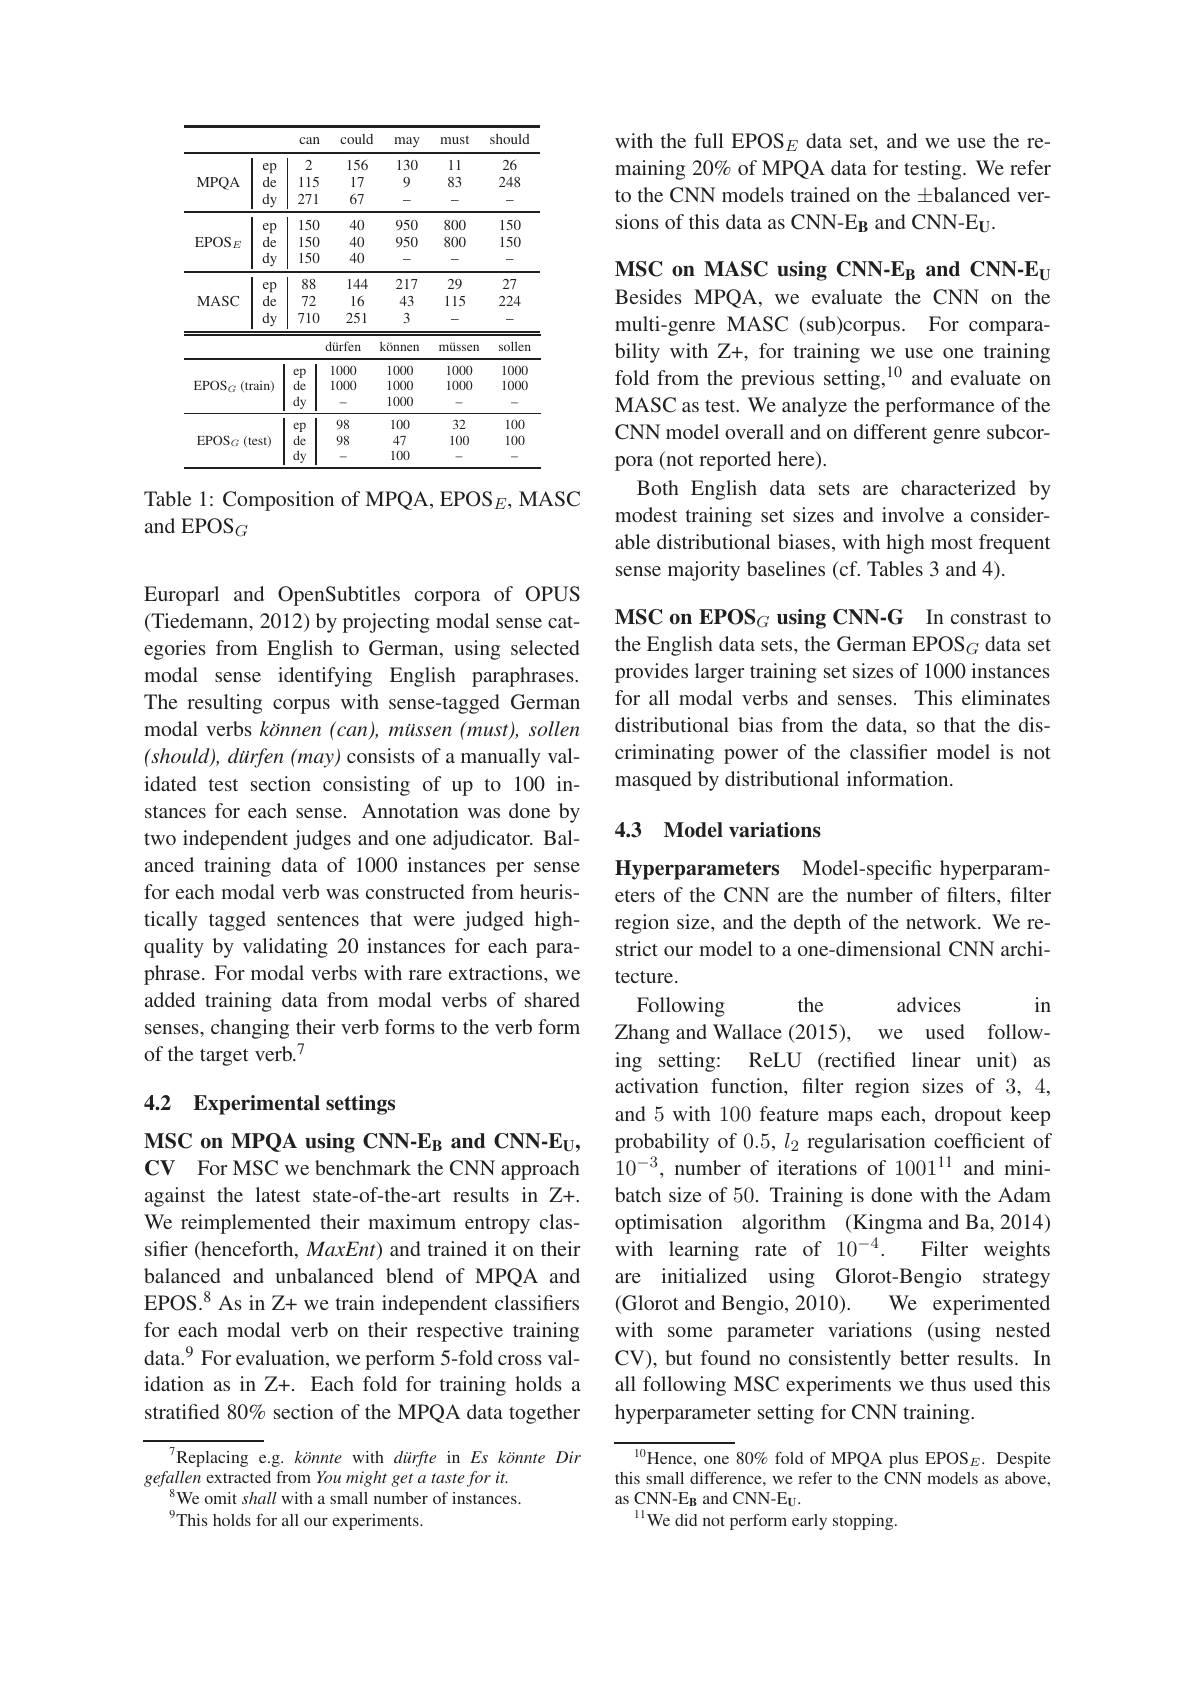
<table>
	<tbody>
		<tr>
			<th> </th>
			<th> </th>
			<th>can</th>
			<th>could</th>
			<th>may</th>
			<th>must</th>
			<th>should</th>
		</tr>
		<tr>
			<td rowspan="3">MPQA</td>
			<td>ep</td>
			<td>2</td>
			<td>156</td>
			<td>130</td>
			<td>11</td>
			<td>26</td>
		</tr>
		<tr>
			<td>de</td>
			<td>115</td>
			<td>17</td>
			<td>9</td>
			<td>83</td>
			<td>248</td>
		</tr>
		<tr>
			<td>dy</td>
			<td>271</td>
			<td>67</td>
			<td>-</td>
			<td>-</td>
			<td>一</td>
		</tr>
		<tr>
			<td rowspan="3">$EPOSE$</td>
			<td>ep</td>
			<td>150</td>
			<td>40</td>
			<td>950</td>
			<td>800</td>
			<td>150</td>
		</tr>
		<tr>
			<td>de</td>
			<td>150</td>
			<td>40</td>
			<td>950</td>
			<td>800</td>
			<td>150</td>
		</tr>
		<tr>
			<td>dy</td>
			<td>150</td>
			<td>40</td>
			<td>-</td>
			<td>一</td>
			<td>-</td>
		</tr>
		<tr>
			<td rowspan="3">$MASC$</td>
			<td>ep</td>
			<td>88</td>
			<td>144</td>
			<td>217</td>
			<td>29</td>
			<td>27</td>
		</tr>
		<tr>
			<td>de</td>
			<td>72</td>
			<td>16</td>
			<td>43</td>
			<td>115</td>
			<td>224</td>
		</tr>
		<tr>
			<td>dy</td>
			<td>710</td>
			<td>251</td>
			<td>3</td>
			<td>-</td>
			<td>- </td>
		</tr>
		<tr>
			<td> </td>
			<td> </td>
			<td> </td>
			<td>dürfen</td>
			<td>können</td>
			<td>müssen</td>
			<td>sollen</td>
		</tr>
		<tr>
			<td rowspan="3">$\operatorname{EPOS}_G$ (trair</td>
			<td> </td>
			<td>I $\exp$ 1</td>
			<td>1000</td>
			<td>1000</td>
			<td>1000</td>
			<td></td>
		</tr>
		<tr>
			<td>$in)$</td>
			<td>de</td>
			<td></td>
			<td>1000</td>
			<td>1000</td>
			<td>1000</td>
		</tr>
		<tr>
			<td> </td>
			<td>dy 1</td>
			<td>-</td>
			<td>1000</td>
			<td> </td>
			<td>-</td>
		</tr>
		<tr>
			<td rowspan="3">$\mathrm{EPOS}_{G}$ $(test$</td>
			<td> </td>
			<td>I $ep$</td>
			<td>98</td>
			<td>100</td>
			<td>32</td>
			<td>100</td>
		</tr>
		<tr>
			<td>st)</td>
			<td>de</td>
			<td>98</td>
			<td>47</td>
			<td>100</td>
			<td>100</td>
		</tr>
		<tr>
			<td> </td>
			<td>$dy$</td>
			<td> </td>
			<td>100</td>
			<td> </td>
			<td>-</td>
		</tr>
	</tbody>
</table>

Table 1: Composition of MPQA, EPOS$_E$,MASC
and EPOS$_G$

Europarl and OpenSubtitles corpora of OPUS (Tiedemann, 2012) by projecting modal sense categories from English to German, using selected modal sense identifying English paraphrases. The resulting corpus with sense-tagged German modal verbs können (can), müssen (must), sollen $(should),dirfen(may)$ consists of a manually validated test section consisting of up to 100 instances for each sense. Annotation was done by two independent judges and one adjudicator. Balanced training data of 1000 instances per sense for each modal verb was constructed from heuristically tagged sentences that were judged highquality by validating 20 instances for each paraphrase. For modal verbs with rare extractions, we added training data from modal verbs of shared senses, changing their verb forms to the verb form of the target verb.$^{7}$

# 4.2 Experimental settings

MSC on MPQA using CNN-EB and CNN-EU, CV For MSC we benchmark the CNN approach against the latest state-of-the-art results in Z+. We reimplemented their maximum entropy classifier (henceforth, MaxEnt) and trained it on their balanced and unbalanced blend of MPQA and EPOS.$^{8}$ As in Z+ we train independent classifiers for each modal verb on their respective training data.$^{9}$ For evaluation, we perform 5-fold cross validation as in Z+. Each fold for training holds a stratified 80% section of the MPQA data together

Replacing e.g. könnte with dürfte in Es könnte Dir
gefallen extracted from You might get a taste for it.
$^{8}$We omit shall with a small number of instances.
$^{9}$This holds for all our experiments.

with the full EPOS$_E$ data set, and we use the remaining 20% of MPQA data for testing. We refer to the CNN models trained on the ±balanced versions of this data as CNN-EB and CNN-EU.

MSC on MASC using CNN-EB and CNN-EU Besides MPQA, we evaluate the CNN on the multi-genre MASC (sub)corpus. For comparability with Z+, for training we use one training fold from the previous setting,$^{10}$ and evaluate on MASC as test. We analyze the performance of the CNN model overall and on different genre subcorpora (not reported here).
Both English data sets are characterized by modest training set sizes and involve a considerable distributional biases, with high most frequent sense majority baselines (cf. Tables 3 and 4).

MSC on EPOSG using CNN-G In constrast to the English data sets, the German EPOS$_G$ data set provides larger training set sizes of 1000 instances for all modal verbs and senses. This eliminates distributional bias from the data, so that the discriminating power of the classifier model is not masqued by distributional information.

### 4.3 Model variations

Hyperparameters Model-specific hyperparameters of the CNN are the number of filters, filter region size, and the depth of the network. We restrict our model to a one-dimensional CNN architecture.

in
Zhang and Wallace (2015), we used follow-

Following
the
advices
ing setting: ReLU (rectified linear unit) as activation function, filter region sizes of 3,4, and 5 with 100 feature maps each, dropout keep probability of $0.5,l_2$ regularisation coefficient of $10^{-3}$, number of iterations of $1001^{11}$ and minibatch size of 50. Training is done with the Adam optimisation algorithm (Kingma and Ba,2014)
Filter weights
with learning rate of 10$^{-4}.$
are initialized using Glorot-Bengio strategy
(Glorot and Bengio, 2010).
We experimented
with some parameter variations (using nested CV), but found no consistently better results. In all following MSC experiments we thus used this hyperparameter setting for CNN training.

$^{10}$Hence, one 80% fold of MPQA plus EPOS$_E.$ Despite this small difference, we refer to the CNN models as above, as CNN-E$_{\mathrm{B}}$ and CNN-EU.
$^{11}$We did not perform early stopping.